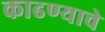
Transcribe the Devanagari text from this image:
काढण्‍याचे